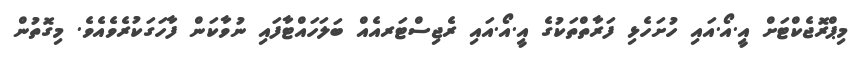
މިޕްރޮޖެކްޓަށް އީ.އޯ.އައި ހުށަހެޅި ފަރާތްތަކުގެ އީ.އޯ.އައި ރެޖިސްޓަރއެއް ބަލަހައްޓާފައި ނުވާކަން ފާހަގަކުރެވެއެވެ. މިގޮތުން